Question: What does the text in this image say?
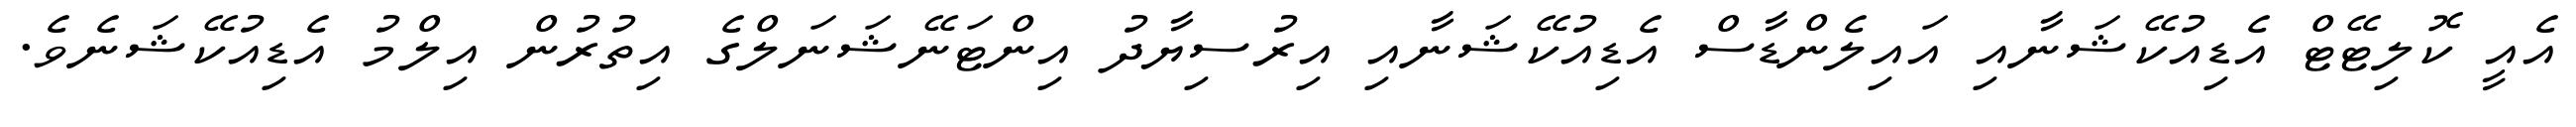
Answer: އެއީ ކޮލިޓޭޓް އެޑިއުކޭޝަނާއި އައިލެންޑާސް އެޑިއުކޭޝަނާއި އިރުސިޔާދު އިންޓަނޭޝަނަލްގެ އިތުރުން އިލްމު އެޑިއުކޭޝަނެވެ.